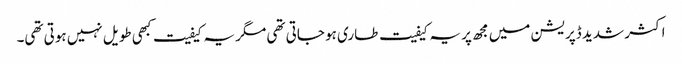
اکثر شدید ڈپریشن میں مجھ پر یہ کیفیت طاری ہو جاتی تھی مگر یہ کیفیت کبھی طویل نہیں ہوتی تھی۔